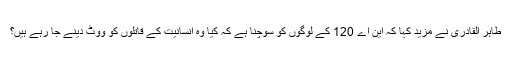
طاہر القادری نے مزید کہا کہ این اے 120 کے لوگوں کو سوچنا ہے کہ کیا وہ انسانیت کے قاتلوں کو ووٹ دینے جا رہے ہیں؟